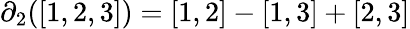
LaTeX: \partial_{2}([1,2,3])=[1,2]-[1,3]+[2,3]